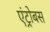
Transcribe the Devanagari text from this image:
एंट्रोबस